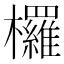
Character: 欏